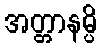
အတ္တာနမ္ပိ